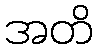
အတိ